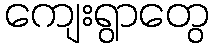
ကျေးရွာတွေ